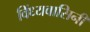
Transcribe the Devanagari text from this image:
विंध्‍यवासिनी